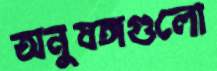
অনুষঙ্গগুলো